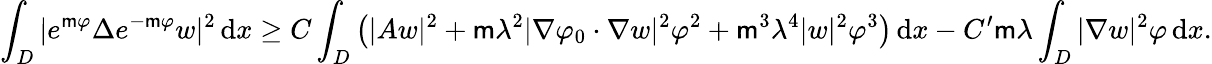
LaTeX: \int_{{D}}|e^{\mathsf{m}\varphi}\Delta e^{-\mathsf{m}\varphi}w|^{2}\, \mathrm{d}x\geq C\int_{{D}}\left(|Aw|^{2}+\mathsf{m}\lambda^{2}|\nabla\varphi_{0}\cdot\nabla w|^{2}\varphi^{2}+\mathsf{m}^{3}\lambda^{4}|w|^{2}\varphi^{3}\right)\, \mathrm{d}x-C^{\prime}\mathsf{m}\lambda\int_{D}|\nabla w|^{2}\varphi\, \mathrm{d}x.